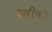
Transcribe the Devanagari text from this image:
शरीफों